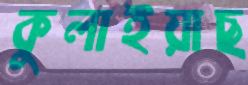
কুলাইয়াছ